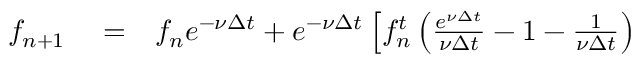
\begin{array} { r l r } { f _ { n + 1 } } & { { } = } & { f _ { n } e ^ { - \nu \Delta t } + e ^ { - \nu \Delta t } \left[ f _ { n } ^ { t } \left( \frac { e ^ { \nu \Delta t } } { \nu \Delta t } - 1 - \frac { 1 } { \nu \Delta t } \right) \right. } \end{array}